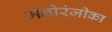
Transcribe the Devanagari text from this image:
मनोरंजीका